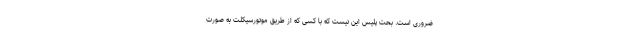
ضروری است. بحث پلیس این نیست که با کسی که از طریق موتورسیکلت به صورت